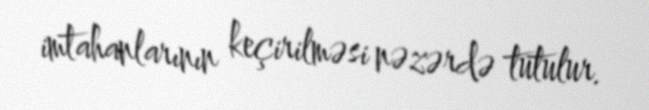
imtahanlarının keçirilməsi nəzərdə tutulur.